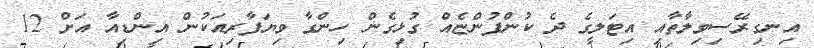
އިނގިރޭސިވިލާތާއި އިޓަލީގެ ދެ ކުންފުންޏެއް ގުޅިގެން ހިންގާ ވިޔަފާރިއަކުން އިންޑިއާ އަށް 12